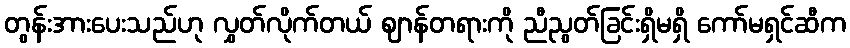
တွန်းအားပေးသည်ဟု လွှတ်လိုက်တယ် ဈာန်တရားကို ညီညွတ်ခြင်းရှိမရှိ ကော်မရှင်ဆီက